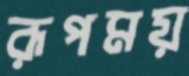
রূপময়